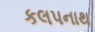
કલપનાથ